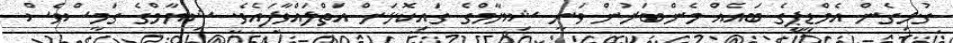
ގުޅިގެން އެމްޑީޕީގެ ބައެއް މެންބަރުން ވަނީ ޝިޔާމްގެ ގައިކޮޅަށް އަތްލައްވާފައެވެ. ޝިޔާމްގެ ގަމީސްވެސް